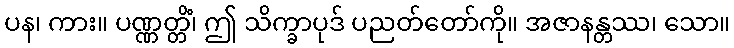
ပန၊ ကား။ ပဏ္ဏတ္တိံ၊ ဤ သိက္ခာပုဒ် ပညတ်တော်ကို။ အဇာနန္တဿ၊ သော။